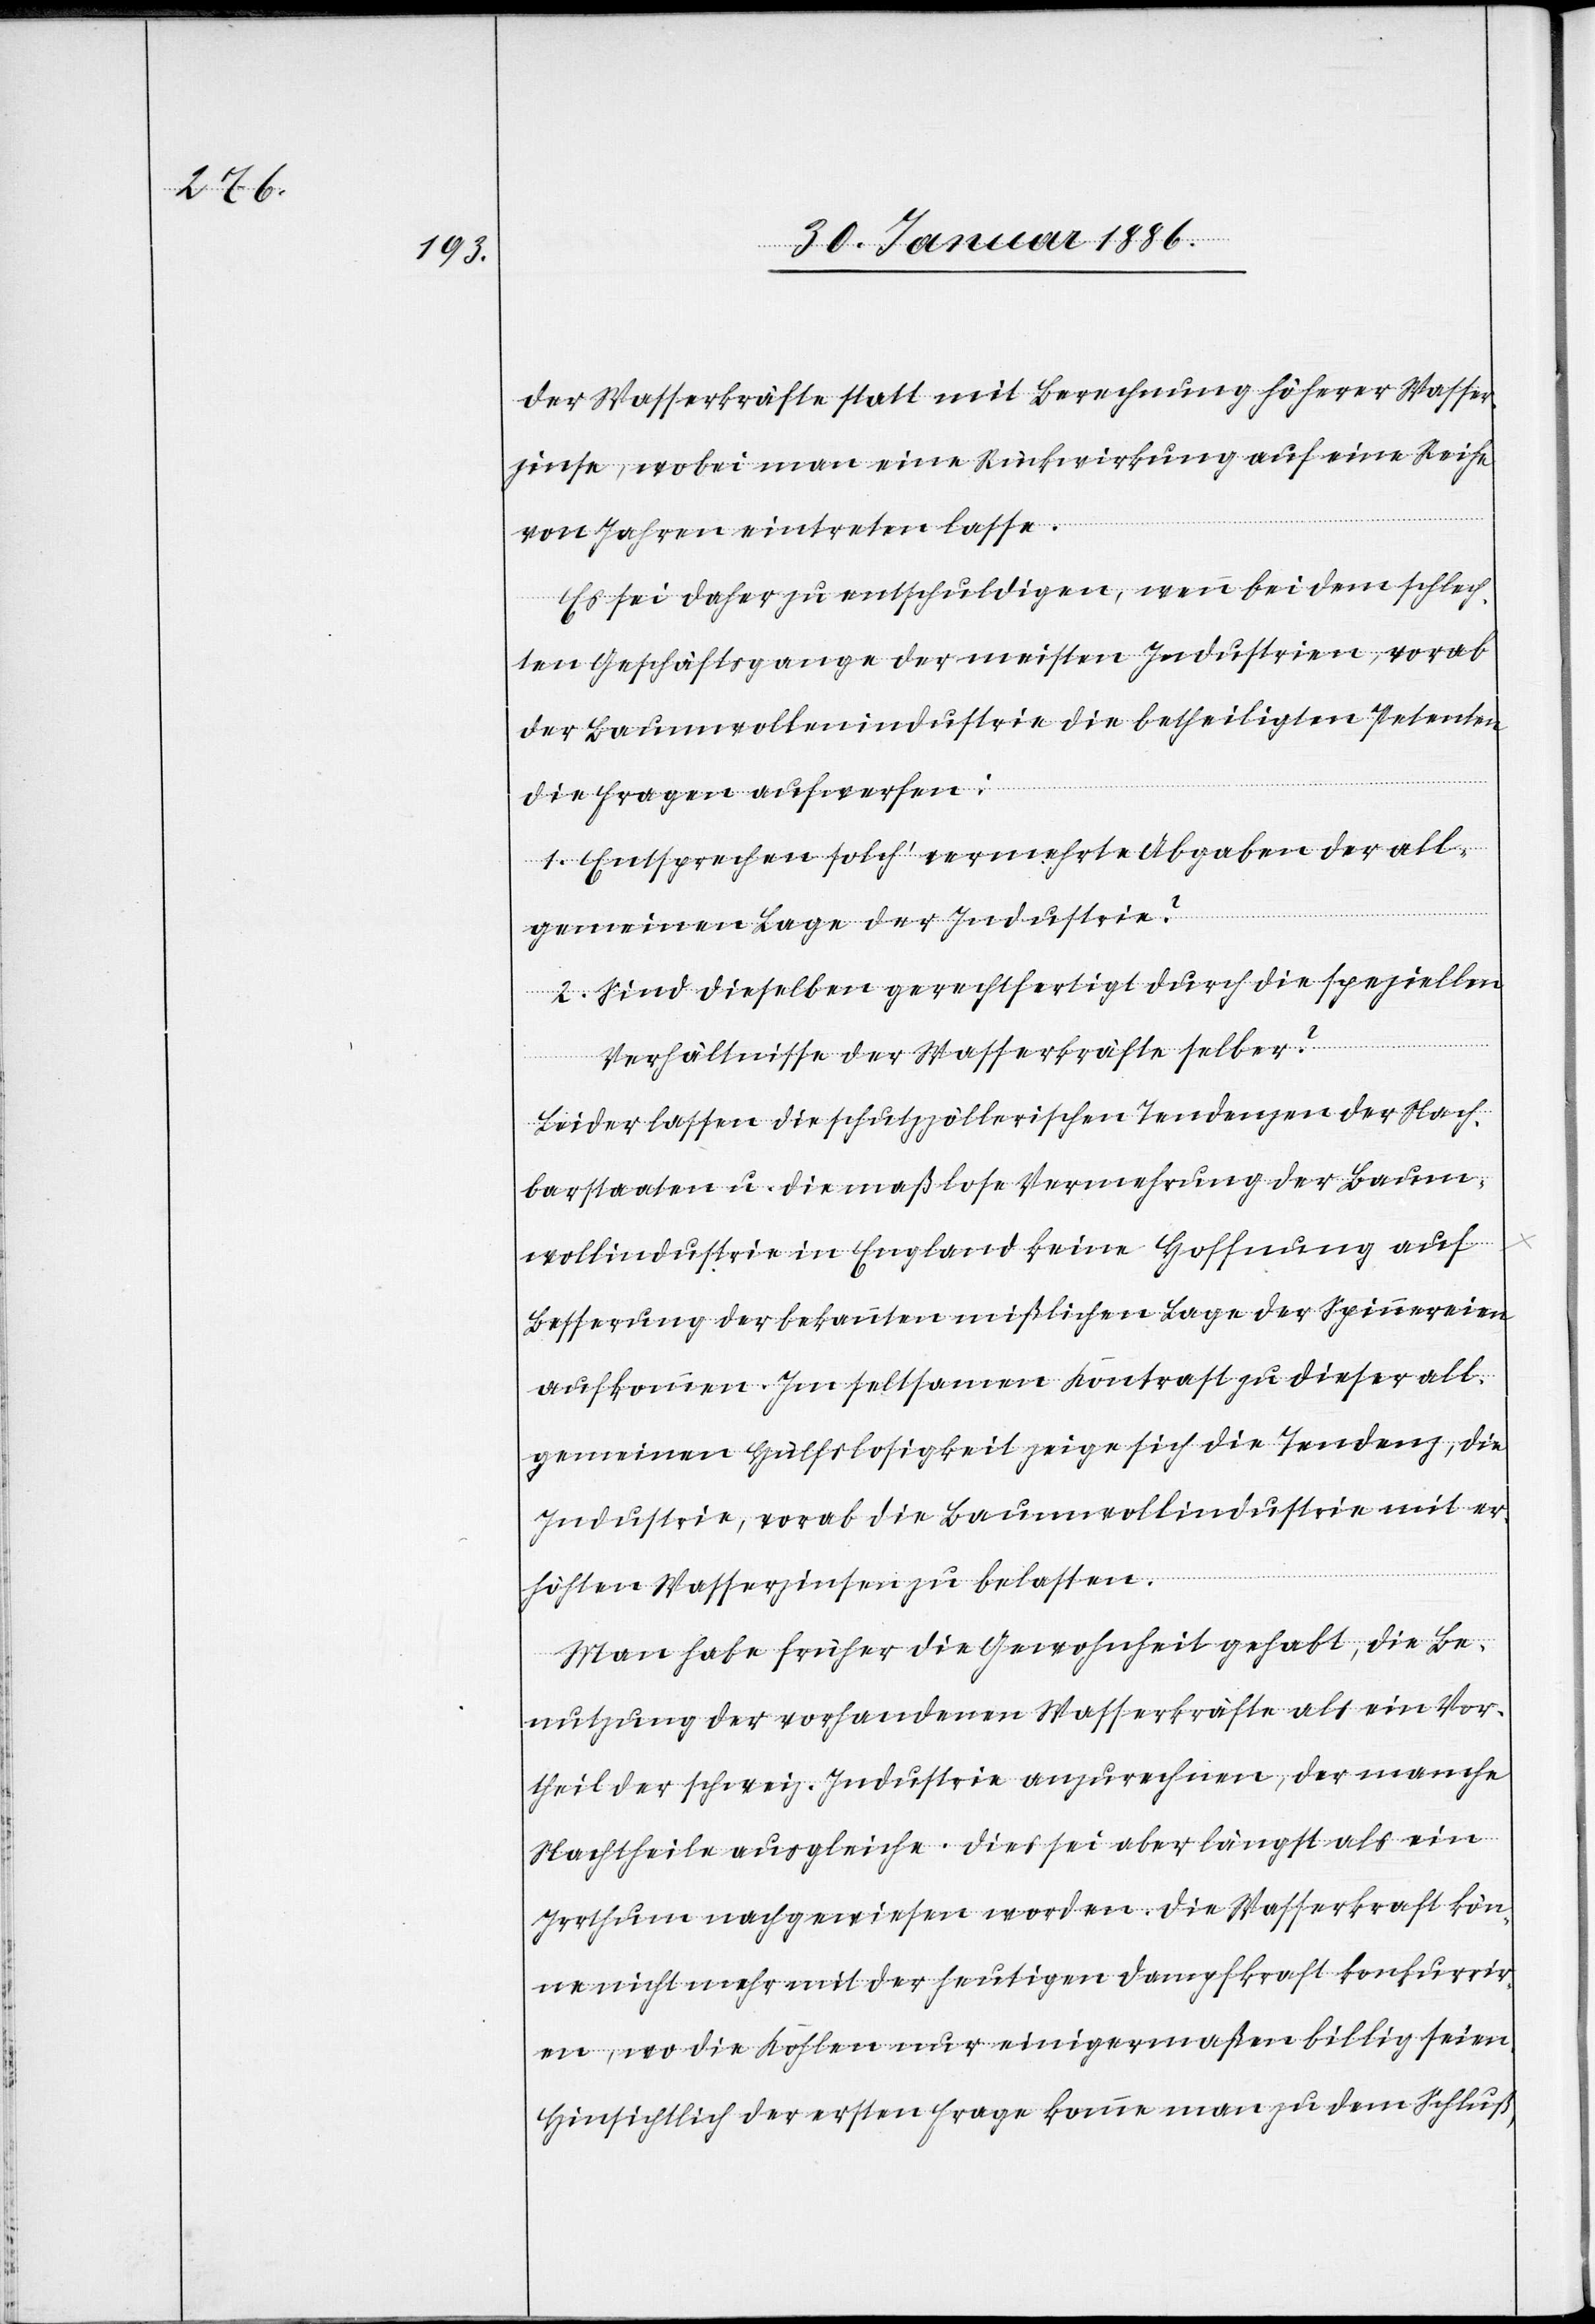
der Wasserkräfte statt mit Berechnung höherer Wasser¬
zinse, wobei man eine Rückwirkung auf eine Reihe
von Jahren eintreten lasse.
Es sei daher zu entschuldigen, wenn bei dem schlech¬
ten Geschäftsgange der meisten Industrien, vorab
der Baumwollindustrie die betheiligten Petenten
die Fragen aufwerfen:
1. Entsprechen solch’ vermehrte Abgaben der all¬
gemeinen Lage der Industrie?
2. Sind dieselben gerechtfertigt durch die speziellen
Verhältnisse der Wasserkräfte selber?
Leider lassen die schutzzöllerischen Tendenzen der Nach¬
barstaaten u. die maßlose Vermehrung der Baum¬
wollindustrie in England keine Hoffnung auf
Besserung der bekannten mißlichen Lage der Spinnereien
aufkommen. Im seltsamen Kontrast zu dieser all¬
gemeinen Hülfslosigkeit zeige sich die Tendenz, die
Industrie, vorab die Bauwollindustrie mit er¬
höhten Wasserzinsen zu belasten.
Man habe früher die Gewohnheit gehabt, die Be¬
nutzung der vorhandenen Wasserkräfte als ein Vor¬
theil der schweiz. Industrie anzurechnen, der manche
Nachtheile ausgleiche. Dies sei aber längst als ein
Irrthum nachgewiesen worden. Die Wasserkraft kön¬
ne nicht mehr mit der heutigen Dampfkraft konkurrir¬
en, wo die Kosten nur einigermaßen billig seien.
Hinsichtlich der ersten Frage komme man zu dem Schluß,